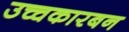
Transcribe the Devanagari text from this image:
उच्चकारबन